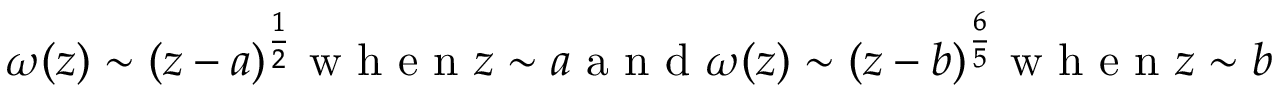
\qquad \omega ( z ) \sim ( z - a ) ^ { \frac { 1 } { 2 } } \makebox { w h e n } z \sim a \makebox { a n d } \omega ( z ) \sim ( z - b ) ^ { \frac { 6 } { 5 } } \makebox { w h e n } z \sim b